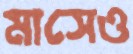
মাসেও